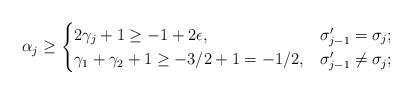
LaTeX: \begin{align*}\alpha_j\ge \begin{cases} 2\gamma_j+1\ge -1+2\epsilon, & \sigma_{j-1}'=\sigma_{j};\\\gamma_1+\gamma_2+1\ge -3/2+1=-1/2, & \sigma_{j-1}'\neq \sigma_{j};\end{cases}\end{align*}